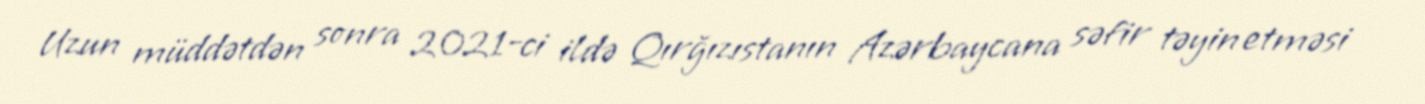
Uzun müddətdən sonra 2021-ci ildə Qırğızıstanın Azərbaycana səfir təyin etməsi